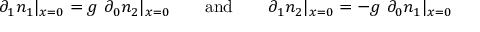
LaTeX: \partial _ { 1 } n _ { 1 } | _ { x = 0 } = g \, \, \partial _ { 0 } n _ { 2 } | _ { x = 0 } \qquad \mathrm { { a n d } } \qquad \partial _ { 1 } n _ { 2 } | _ { x = 0 } = - g \, \, \partial _ { 0 } n _ { 1 } | _ { x = 0 }